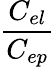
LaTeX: \frac{C_{el}}{C_{ep}}